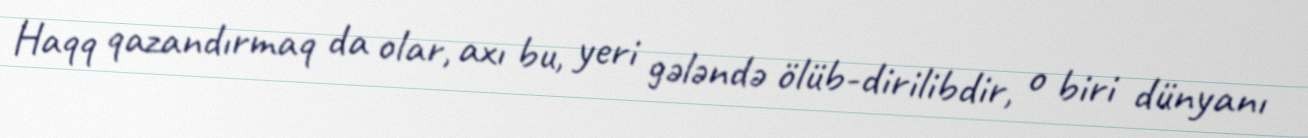
Haqq qazandırmaq da olar, axı bu, yeri gələndə ölüb-dirilibdir, o biri dünyanı